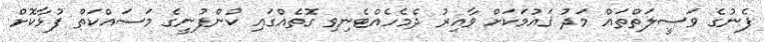
ފެނުގެ ވަސީލަތްތައް މަދު ޤައުމަކަށް ވާއިރު ދެމެހެއްޓެނިވި ގޮތެއްގައި ކުންފުނީގެ މަސައްކަތް ފުޅާކޮށް